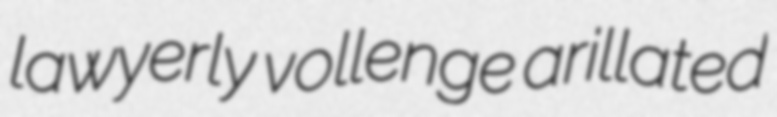
lawyerly vollenge arillated